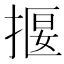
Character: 揠